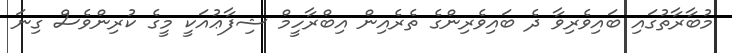
މުބާރާތުގައި ބައިވެރިވާ ދެ ބައިވެރިންގެ ތެރެއިން އިބްރާހީމް ޝިފާޢުއަކީ މީގެ ކުރިންވެސް ގިނަ